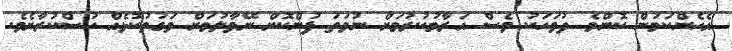
އެހެންކަމުން ކޮންމެ ދުވަހަކު ވެސް އަރާމުކުރުމަށް ނުވަތަ ފުންކޮށް ނޭވާލުމަށް ވަގުތުކޮޅެއް ހުސްކުރާށެވެ.